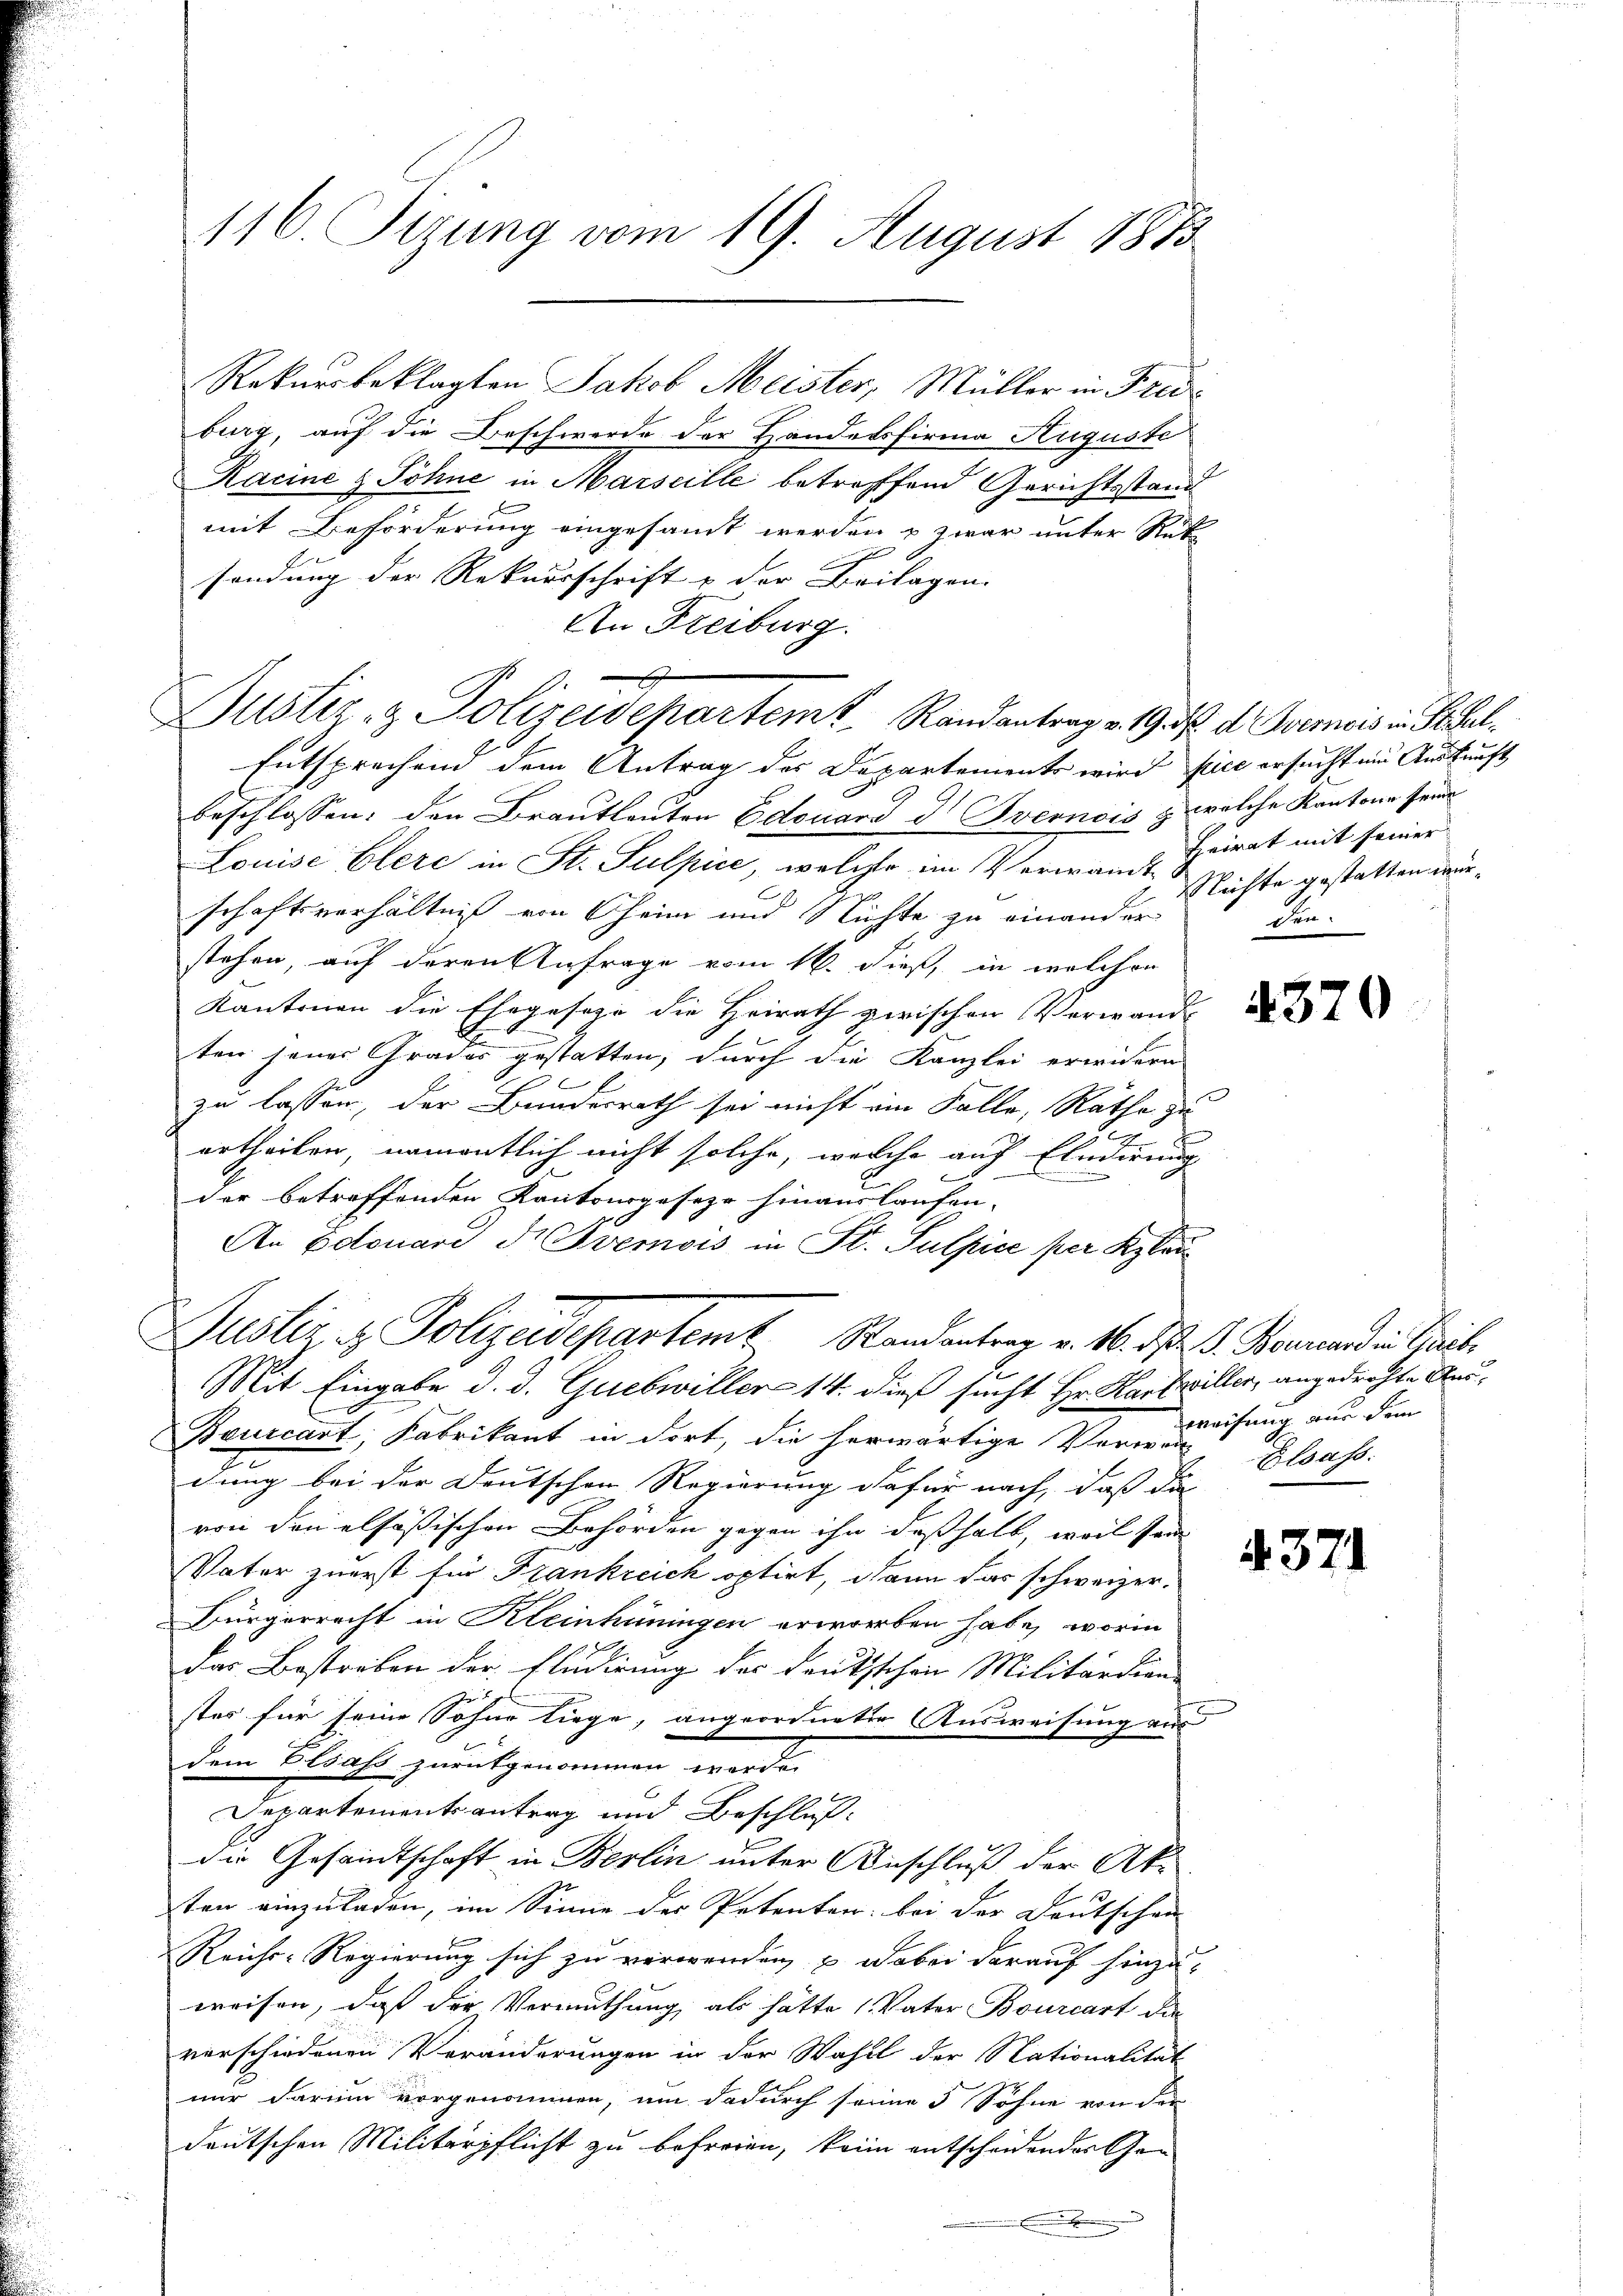
116. Sizung vom 19. August 1873

burg, auf die Beschwerde der Handelsfirma Auguste
Kacine & Söhne in Marseille betreffend Gerichtsstand
mit Beförderung eingesamt werden & zwar unter Rek
g
sendung der Rekursschrift & der Beilagen.
An Freiburg.
Entsprechend dem Antrag des Departements wird fiel ersucht um Auskunft
beschlossen: den Brautleuten Edouard I Ivernois & welche Kantone seine
Louise Elere in St. Sulpice, welche im Verwandt Heirat mit seiner
schaftsverhältniß von Oheim und Nichte zu einander
stehen, auf deren Anfrage vom 16. dieß, in welchen
Kantonen die Ehegeseze die Heirath zwischen Vorwande
ten jenes Grades gestatten, durch die Kanzlei erwidern
f
zu lassen, der Bunderrath sei nicht ein Falle, Rathe zu
1
urtheilen, namentlich nicht solche, welche auf Eindirung
der betreffenden Kantonsgeseze hinauslaufen.
An Edtouard Sr Bvemois in St. Sulpice per Klei
Justiz, z. Polizeidepartem Randantrag v. 16. ds. S. Bernend in Freil
Mit Eingabe d. d. Guebwiller 14. dieß sucht Hr. Karswiller, angedrohte Aus¬
Beurcart, Fabrikant in dort, die herwärtige Verwei
dung bei der Deutschen Regierung dafür nach, daß die
von den elsößischen Behörden gegen ihn deßhalb, weil sein
Vater zuerst für Frankreich optirt, dann das schweizer.
Bürgerrecht in Kleinhüningen erworben habe, worin
das Bestreben der Fludirung der Deutschen Militärdien
stes für seine Sohne liege, angeordneter Ausweisung aus
dem Elsass zurükgenommen werde.
Departementsantrag und Beschluß
dDie Gesamtschaft in Berlin unter Anschluß der Ak-
ten einzuladen, im Sinne der Petenter bei der Deutschen
Reichs-Regierung sich zu verwenden & dabei darauf hinzuweisen, daß der Vermuthung, als hätte 1 Vater Bourcart die
verschiedenen Veränderungen in der Wahll der Nationalität
nur darum vorgenommen, um dadurch seine 5 Söhne von der
deutschen Militärpflicht zu befreien, kein entscheidender Ge¬

Rekursbeklagten Jakob Meister, Müller in Frei¬

Justiz- & Polizeidepartert Randantrag v. Ms. d. Poemis in Schul¬

Richte gestatten würen

4370

4371

weisung aus dem
Elsass.